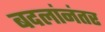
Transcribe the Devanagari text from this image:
बदलांनंतर